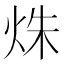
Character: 𤈐